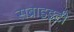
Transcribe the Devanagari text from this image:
सब्राइइटी